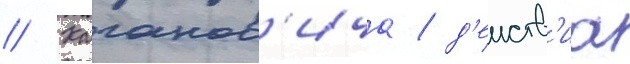
// Каганов'ича / д'еиств'иа